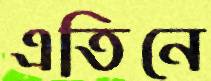
এতিনে